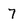
Character: 7